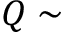
Q \sim